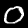
Label: 0